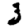
Digit: 3